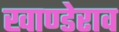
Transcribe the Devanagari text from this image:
खाण्डेराव